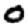
Digit: 0